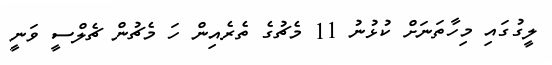
ލީގުގައި މިހާތަނަށް ކުޅުނު 11 މެޗުގެ ތެރެއިން ހަ މެޗުން ޗެލްސީ ވަނީ